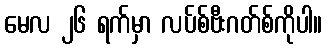
မေလ ၂၆ ရက်မှာ လပ်စ်ဗီးဂတ်စ်ကိုပါ။